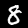
Digit: 8